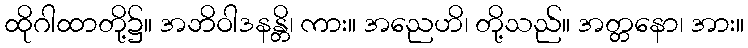
ထိုဂါထာတို့၌။ အဘိဝါဒနန္တိ၊ ကား။ အညေဟိ၊ တို့သည်။ အတ္တနော၊ အား။